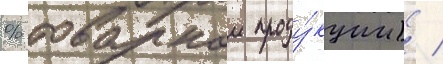
% товарнои проду́кции) /